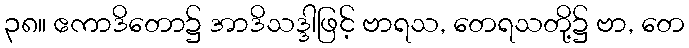
၃၈။ ဧကာဒိတော၌ အာဒိသဒ္ဒါဖြင့် ဗာရသ, တေရသတို့၌ ဗာ, တေ